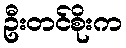
ဦးတင်စိုးက